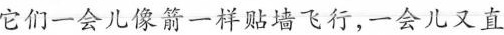
它们一会儿像箭一样贴墙飞行，一会儿又直